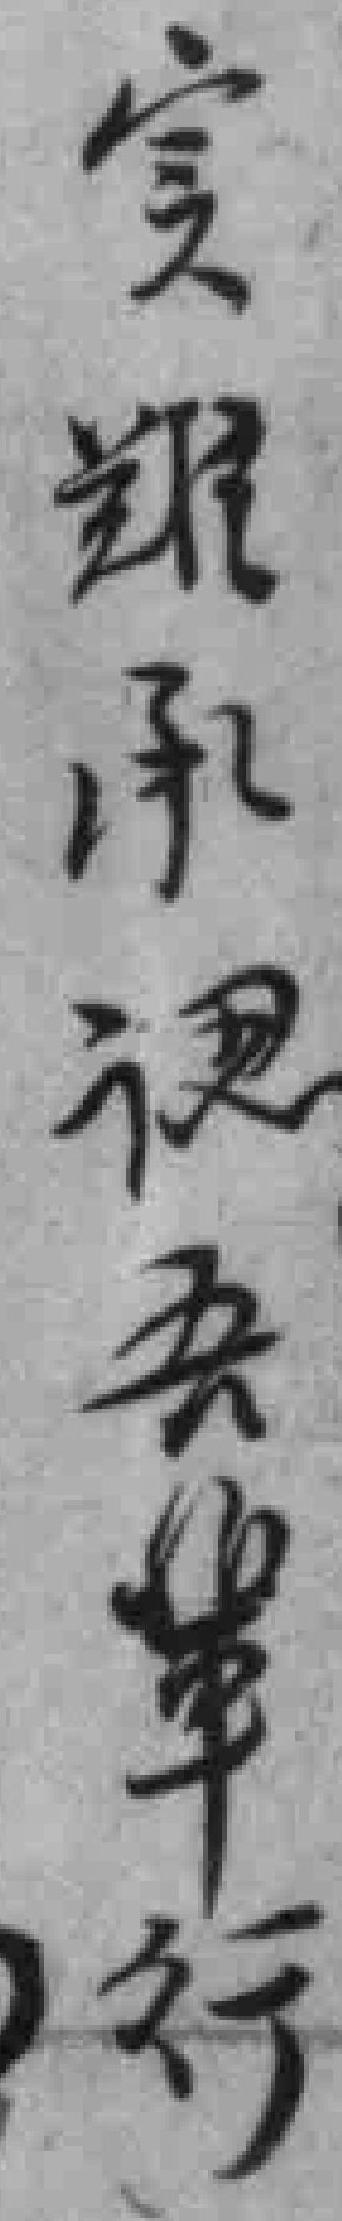
實難承認吾輩行